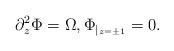
LaTeX: \begin{align*}\partial_z^2 \Phi = \Omega , \Phi_{\vert_{z=\pm 1}} = 0.\end{align*}